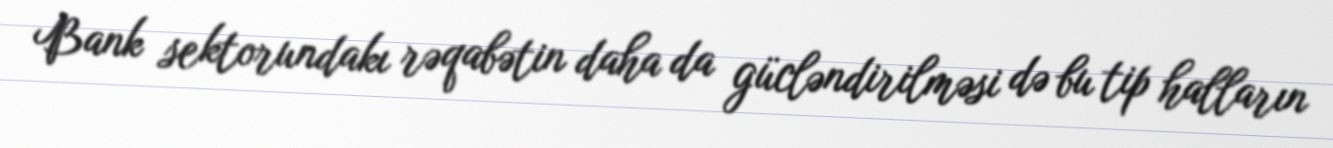
Bank sektorundakı rəqabətin daha da gücləndirilməsi də bu tip halların